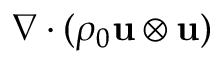
\nabla \cdot ( \rho _ { 0 } \mathbf { u } \otimes \mathbf { u } )